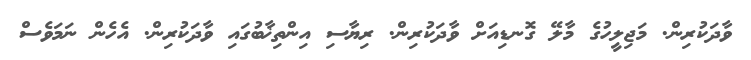
ވާދަކުރިން. މަޖިލީހުގެ މާލޭ ގޮނޑިއަށް ވާދަކުރިން. ރިޔާސި އިންތިޚާބުގައި ވާދަކުރިން. އެހެން ނަމަވެސް